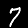
Digit: 7